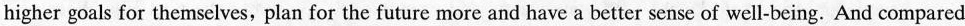
higher goals for themselves, plan for the future more and have a better sense of well-being. And compared